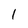
Character: l